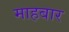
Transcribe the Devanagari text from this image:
माहबार